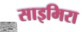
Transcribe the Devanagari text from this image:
साइमिरा